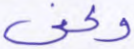
وكفى